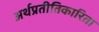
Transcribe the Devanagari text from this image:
अर्थप्रतीतिकारिता